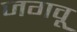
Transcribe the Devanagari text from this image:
जगवू